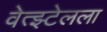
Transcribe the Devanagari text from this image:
वेत्झ्टेलला